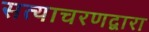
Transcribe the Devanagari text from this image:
सत्याचरणद्वारा